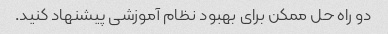
دو راه حل ممکن برای بهبود نظام آموزشی پیشنهاد کنید.